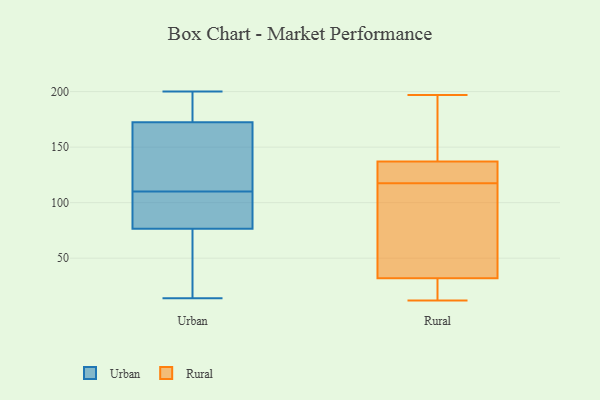
{"axis": {"x": "Latency (ms)", "y": "Value"}, "legend": ["Rural", "Urban"], "data": [{"x": "", "y": 187, "type": "Urban"}, {"x": "", "y": 89, "type": "Urban"}, {"x": "", "y": 200, "type": "Urban"}, {"x": "", "y": 169, "type": "Urban"}, {"x": "", "y": 120, "type": "Urban"}, {"x": "", "y": 107, "type": "Urban"}, {"x": "", "y": 15, "type": "Urban"}, {"x": "", "y": 14, "type": "Urban"}, {"x": "", "y": 144, "type": "Urban"}, {"x": "", "y": 72, "type": "Urban"}, {"x": "", "y": 110, "type": "Urban"}, {"x": "", "y": 78, "type": "Urban"}, {"x": "", "y": 183, "type": "Urban"}, {"x": "", "y": 28, "type": "Rural"}, {"x": "", "y": 197, "type": "Rural"}, {"x": "", "y": 63, "type": "Rural"}, {"x": "", "y": 12, "type": "Rural"}, {"x": "", "y": 21, "type": "Rural"}, {"x": "", "y": 118, "type": "Rural"}, {"x": "", "y": 141, "type": "Rural"}, {"x": "", "y": 36, "type": "Rural"}, {"x": "", "y": 138, "type": "Rural"}, {"x": "", "y": 117, "type": "Rural"}, {"x": "", "y": 136, "type": "Rural"}, {"x": "", "y": 131, "type": "Rural"}]}